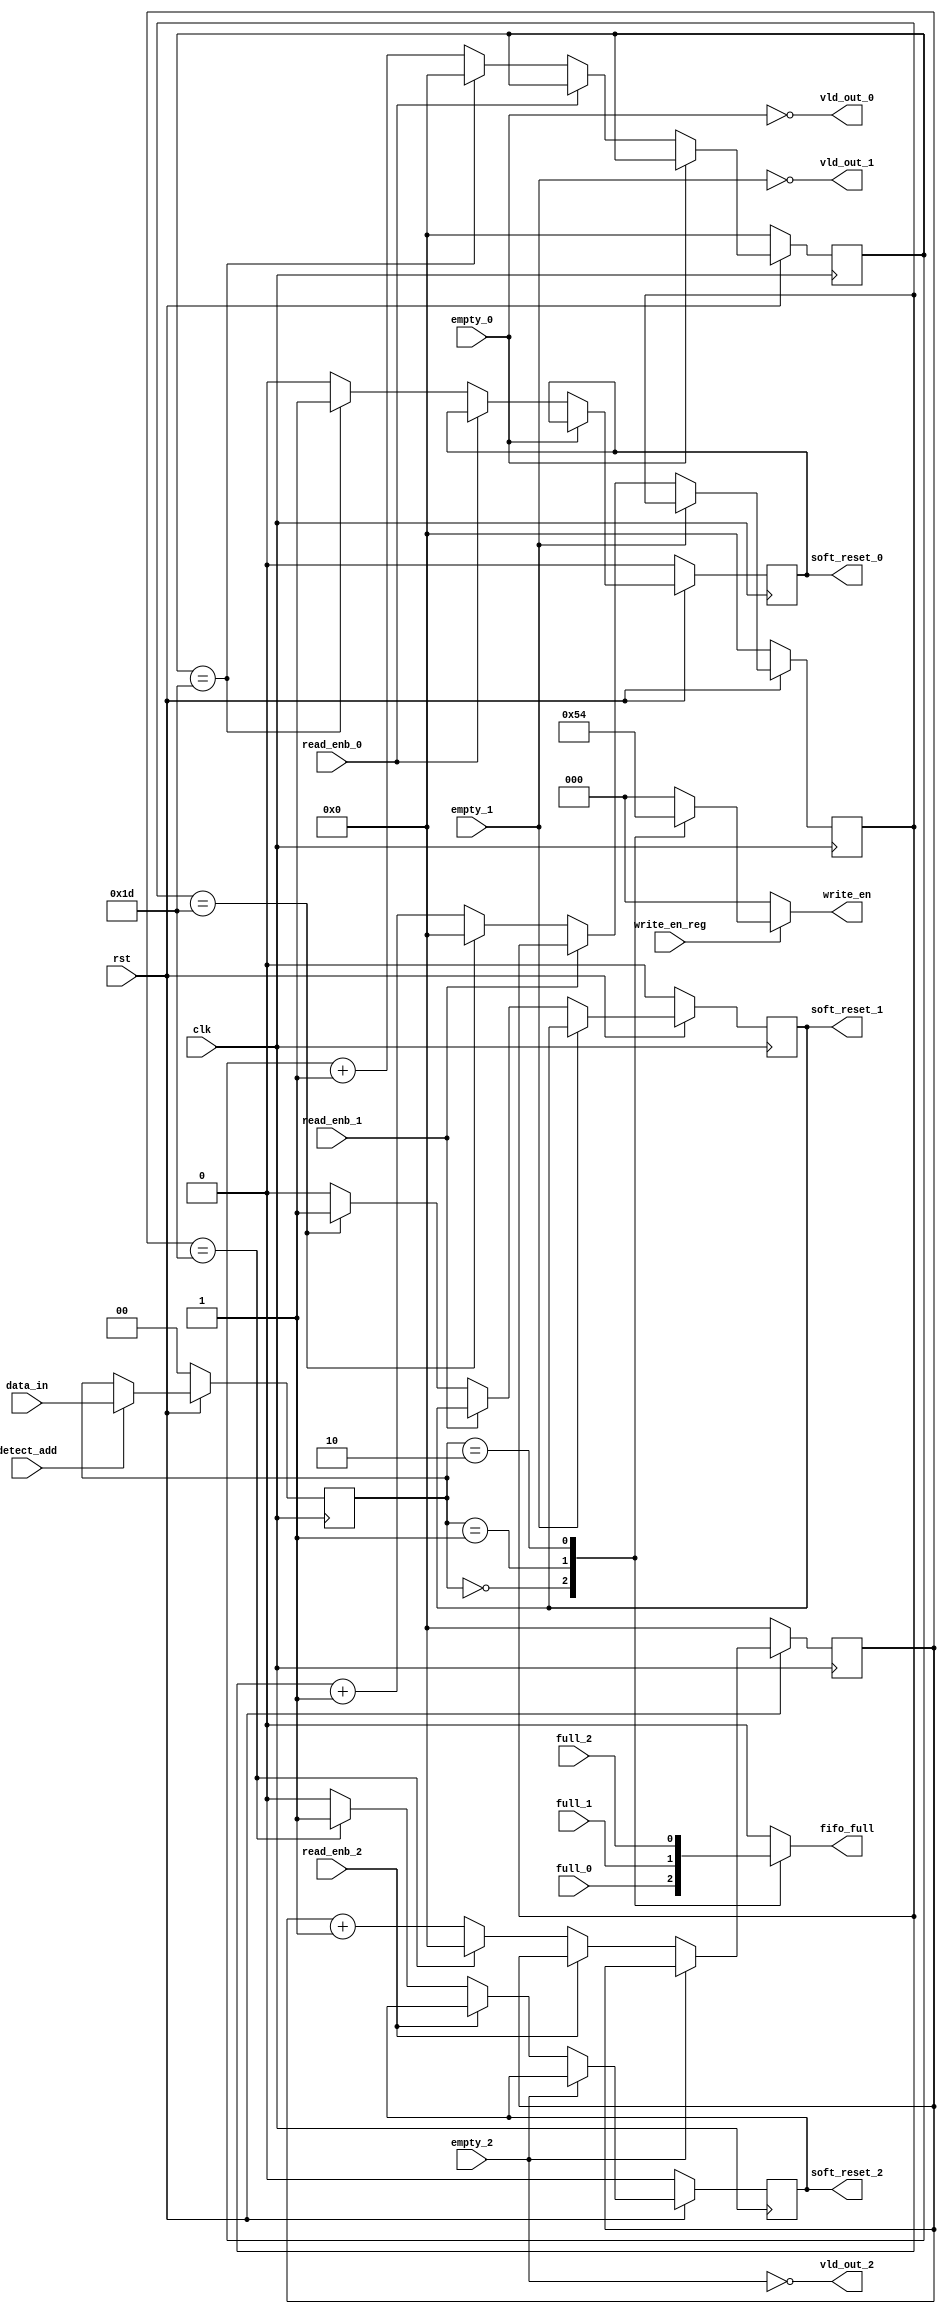
//router synchronizer
module router_sync(clk,rst,detect_add,write_en_reg,data_in,full_0,full_1,full_2,empty_0,empty_1,empty_2,read_enb_0,read_enb_1,read_enb_2,write_en,vld_out_0,soft_reset_0, vld_out_1,soft_reset_1, vld_out_2,soft_reset_2, fifo_full);

input clk,rst,detect_add,write_en_reg; 
input[1:0]data_in;
input full_0,full_1,full_2,empty_0,empty_1,empty_2,read_enb_0,read_enb_1,read_enb_2;
output  reg [2:0] write_en;
output vld_out_0, vld_out_1, vld_out_2;
output reg soft_reset_0,soft_reset_1,soft_reset_2; 
output reg fifo_full;

reg [1:0]temp;
integer timer0,timer1,timer2;

//5. timer for 30 clk cycles 
//timer 0
always@(posedge clk)
begin
if(!rst)
begin
	timer0 <=5'b0;
	soft_reset_0 <=0;
	end
else if(vld_out_0 )
	begin
	if(!read_enb_0)
		begin
			if(timer0==5'd29)
			begin
			soft_reset_0<=1'b1;
			timer0<=1'b0;
			end
			else
			begin
			soft_reset_0<=1'b0;
			timer0<=timer0+1'b1;
			end
		end
	end
end

always@(posedge clk)
begin
if(!rst)
begin
	timer1 <=5'b0;
	soft_reset_1 <=0;
	end
else if(vld_out_1 )
	begin
	if(!read_enb_1)
		begin
			if(timer1==5'd29)
			begin
			soft_reset_1<=1'b1;
			timer1<=1'b0;
			end
			else
			begin
			soft_reset_1<=1'b0;
			timer1<=timer1+1'b1;
			end
		end
	end
end


always@(posedge clk)
begin
if(!rst)
begin
	timer2 <=5'b0;
	soft_reset_2 <=0;
	end
else if(vld_out_2 )
	begin
	if(!read_enb_2)
		begin
			if(timer2==5'd29)
			begin
			soft_reset_2<=1'b1;
			timer2<=0;
			end
			else
			begin
			soft_reset_2<=0;
			timer2<=timer2+1'b1;
			end
		end
	end
end




//1. detect_add and data_in
always@(posedge clk)
begin
	if(!rst)
	temp<=0;
	else if(detect_add)
	temp<=data_in;
end

//2. fifo full
always@(*)
begin
	case(temp)
		2'b00 :fifo_full=full_0;
		2'b01 :fifo_full=full_1;
		2'b10 :fifo_full=full_2;
		default fifo_full=0;
	endcase
end

//3. valid out

assign vld_out_0 = ~empty_0;
assign vld_out_1 = ~empty_1;
assign vld_out_2 = ~empty_2;

//4. write enable
always@(*)
begin
if(write_en_reg)
begin
	case(temp) //address register
	2'b00 :write_en =3'b001;
	2'b01: write_en =3'b010;
	2'b10: write_en =3'b100;
	default:write_en=3'b000;
	endcase
end
	else
	write_en=3'b000;
end

endmodule